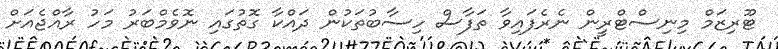
ޓޫރިޒަމް މިނިސްޓްރީން ނެރެފައިވާ ތަފާސް ހިސާބުތަކުން ދައްކާ ގޮތުގައި ނޮވެމްބަރު މަހު ރާއްޖެއަށް